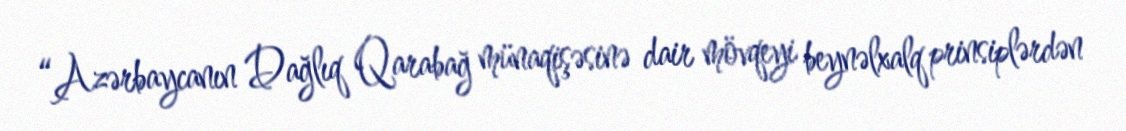
“Azərbaycanın Dağlıq Qarabağ münaqişəsinə dair mövqeyi beynəlxalq prinsiplərdən